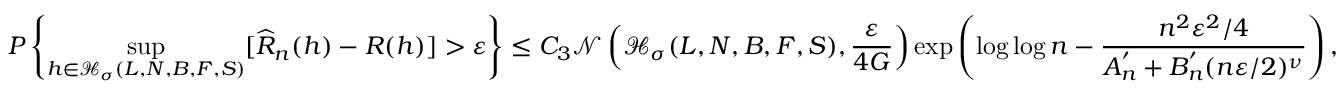
P \left\{ \underset { h \in \mathcal { H } _ { \sigma } ( L , N , B , F , S ) } { \operatorname* { s u p } } [ \widehat { R } _ { n } ( h ) - R ( h ) ] > \varepsilon \right\} \leq C _ { 3 } \mathcal { N } \left( \mathcal { H } _ { \sigma } ( L , N , B , F , S ) , \frac { \varepsilon } { 4 G } \right) \exp \left( \log \log n - \frac { n ^ { 2 } \varepsilon ^ { 2 } / 4 } { A _ { n } ^ { ' } + B _ { n } ^ { ' } ( n \varepsilon / 2 ) ^ { \nu } } \right) ,